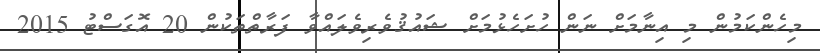
މިހެންކަމުން މި އިނާމަށް ނަން ހުށަހެޅުމަށް ޝައުޤުވެރިވެލައްވާ ފަރާތްތަކުން 20 އޮގަސްޓު 2015